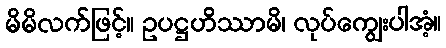
မိမိလက်ဖြင့်။ ဥပဋ္ဌဟိဿာမိ၊ လုပ်ကျွေးပါအံ့။